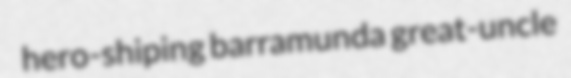
hero-shiping barramunda great-uncle